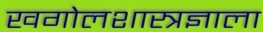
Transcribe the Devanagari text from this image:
खगोलशास्त्रज्ञाला